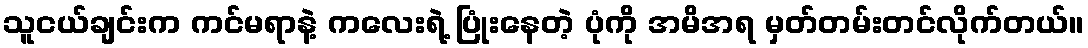
သူငယ်ချင်းက ကင်မရာနဲ့ ကလေးရဲ့ ပြုံးနေတဲ့ ပုံကို အမိအရ မှတ်တမ်းတင်လိုက်တယ်။